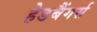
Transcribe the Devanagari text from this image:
हेडबैंगर्स